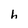
Character: h